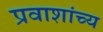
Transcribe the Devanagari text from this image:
प्रवाशांच्य